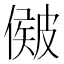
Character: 𥀃